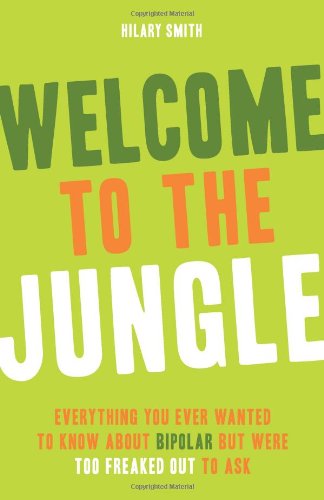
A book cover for Welcome to the Jungle: Everything You Ever Wanted to Know About Bipolar but Were Too Freaked Out to Ask; Hilary T. Smith; Health, Fitness & Dieting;